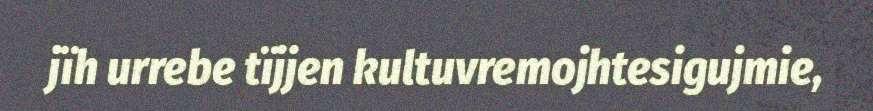
jïh urrebe tïjjen kultuvremojhtesigujmie,